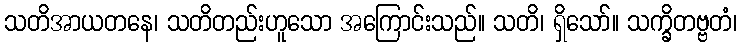
သတိအာယတနေ၊ သတိတည်းဟူသော အကြောင်းသည်။ သတိ၊ ရှိသော်။ သက္ခိတဗ္ဗတံ၊